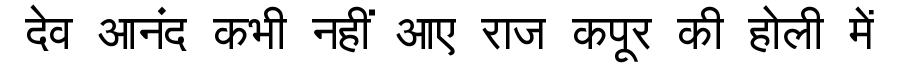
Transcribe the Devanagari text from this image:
देव आनंद कभी नहीं आए राज कपूर की होली में